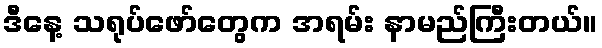
ဒီနေ့ သရုပ်ဖော်တွေက အရမ်း နာမည်ကြီးတယ်။